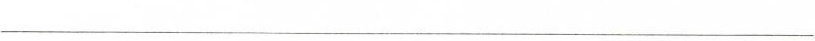
___